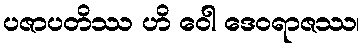
ပဇာပတိဿ ဟိ ဝေါ ဒေဝရာဇဿ၊